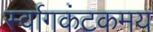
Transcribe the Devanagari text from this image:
र्स्वागकंटकमय